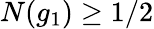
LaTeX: N(g_{1})\geq 1/2